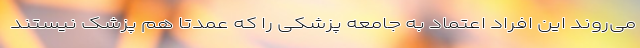
می‌روند این افراد اعتماد به جامعه پزشکی را که عمدتا هم پزشک نیستند